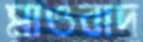
মাওবাদ